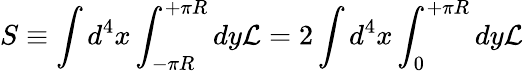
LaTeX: S\equiv\int d^{4}x\int_{-\pi R}^{+\pi R}dy{\cal L}=2\int d^{4}x\int_{0}^{+\pi R}dy{\cal L}